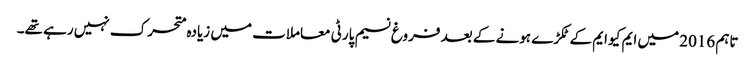
تاہم 2016 میں ایم کیو ایم کے ٹکڑے ہونے کے بعد فروغ نسیم پارٹی معاملات میں زیادہ متحرک نہیں رہے تھے۔